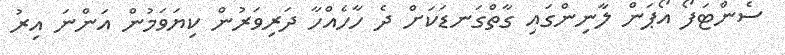
ސެންޓަފޯ އޯޕަން ލާނިންގައި ގާތްގަނޑަކަށް ދެ ހާހެއްހާ ދަރިވަރުން ކިޔަވަމުން އަންނަ އިރު